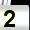
Digit: 2